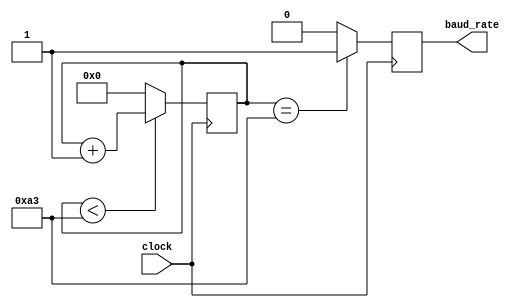
`timescale 1ns / 1ps
//////////////////////////////////////////////////////////////////////////////////
// Company: 
// Engineer: 
// 
// Design Name: 
// Module Name:    baud 
// Project Name: 
// Target Devices: 
// Tool versions: 
// Description: 
//
// Dependencies: 
//
// Revision: 
// Revision 0.01 - File Created
// Additional Comments: 
//
//////////////////////////////////////////////////////////////////////////////////
module baud
#(parameter COUNT = 163 )
(
		input clock,
		output reg baud_rate
 );
 
	 reg [15:0]counter=0;
	 always @(posedge clock) begin
		counter <= (counter < COUNT)? counter+16'b1 : 16'b0;
		baud_rate <= (counter == COUNT)? 1'b1 : 1'b0;
	 end
endmodule